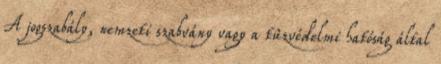
A jogszabály, nemzeti szabvány vagy a tûzvédelmi hatóság által